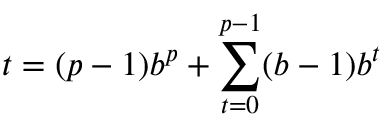
t = ( p - 1 ) b ^ { p } + \sum _ { t = 0 } ^ { p - 1 } ( b - 1 ) b ^ { t }